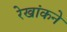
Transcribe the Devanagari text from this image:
रेखांकने